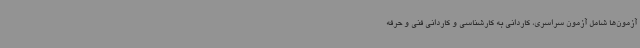
آزمون‌ها شامل آزمون سراسری، کاردانی به کارشناسی و کاردانی فنی و حرفه